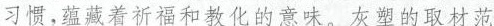
习惯，范藏着祈福和教化的意味。灰塑的取材范